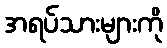
အရပ်သားများကို